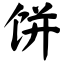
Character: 饼